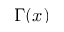
\Gamma ( x )